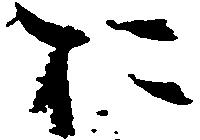
お